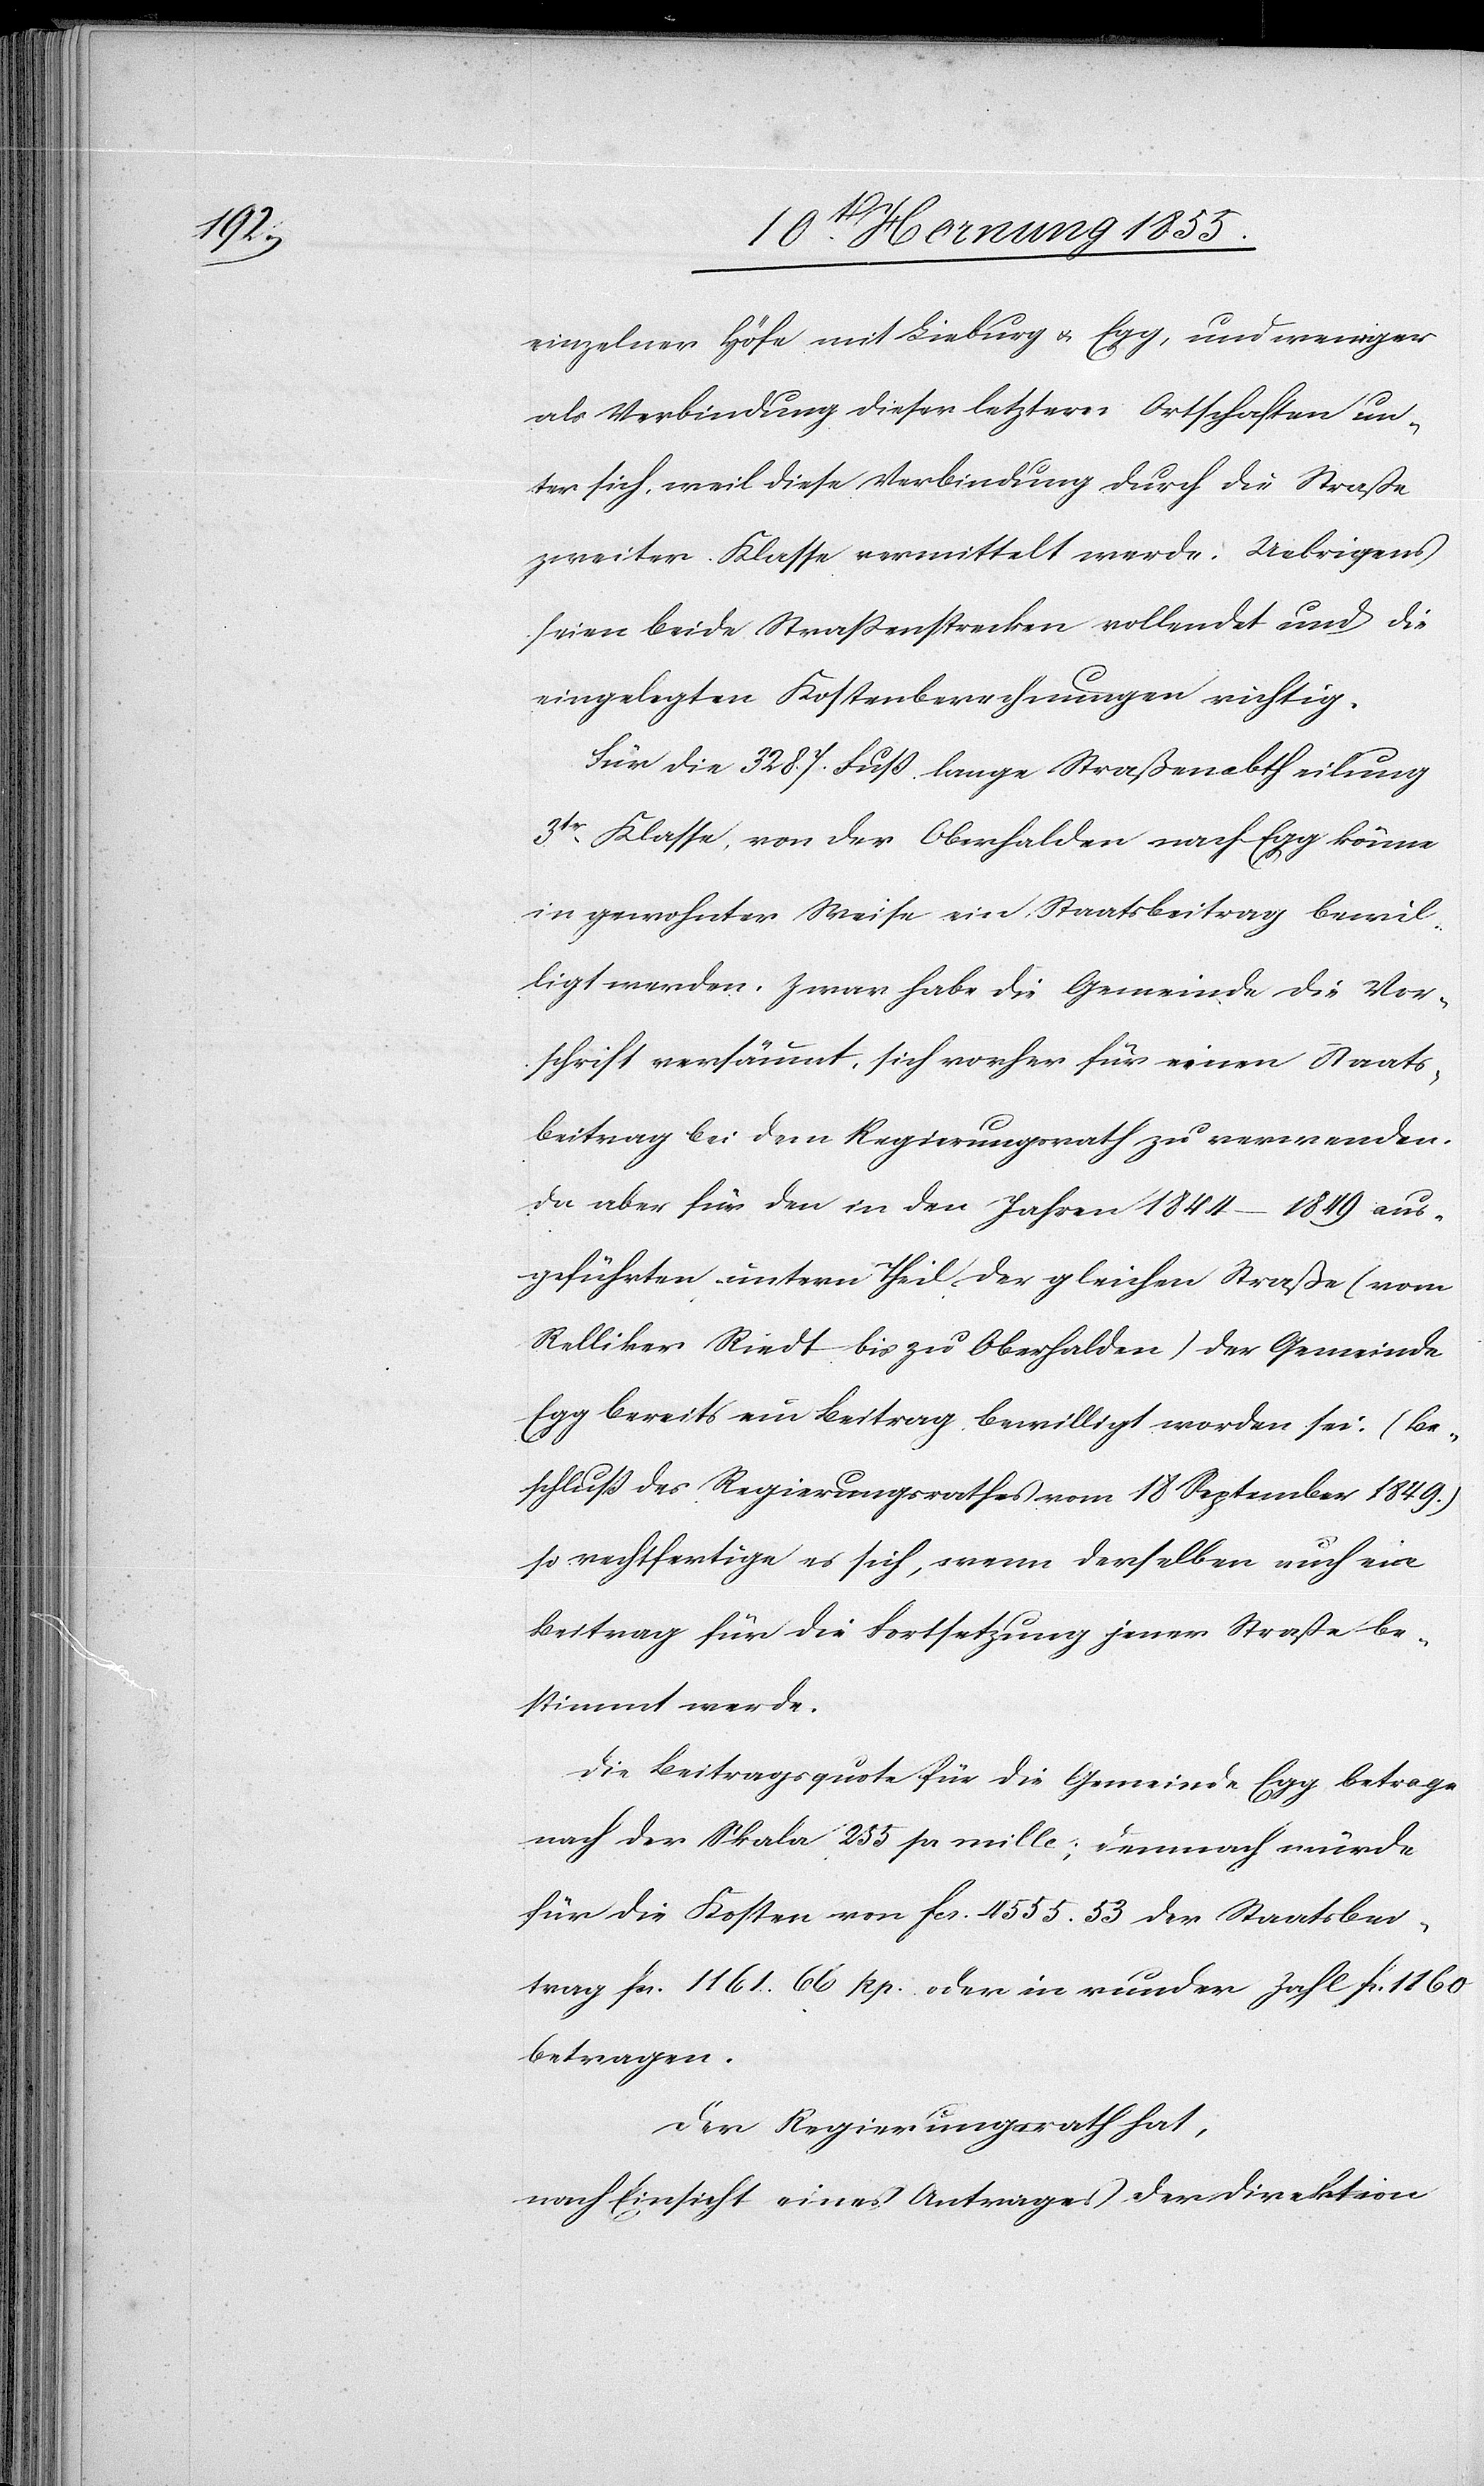
einzelner Höfe mit Lieburg & Egg, und weniger
als Verbindung dieser letztern Ortschaften un¬
ter sich, weil diese Verbindung durch die Straße
zweiter Klasse vermittelt werde. Uebrigens
seien beide Straßenstrecken vollendet und die
eingelegten Kostenberechnungen richtig.
Für die 3287. Fuß lange Straßenabtheilung
3tr. Klasse, von der Oberhalden nach Egg könne
in gewohnter Weise ein Staatsbeitrag bewil¬
ligt werden. Zwar habe die Gemeinde die Vor¬
schrift versäumt, sich vorher für einen Staats¬
beitrag bei dem Regierungsrath zu verwenden.
Da aber für den in den Jahren 1844–1849 aus¬
geführten untern Theil der gleichen Straße (vom
Relliker Riedt bis zu Oberhalden) der Gemeinde
Egg bereits ein Beitrag bewilligt worden sei, (Be¬
schluß des Regierungsrathes vom 18 September 1849.)
so rechtfertige es sich, wenn derselben auch ein
Beitrag für die Fortsetzung jener Straße be¬
stimmt werde.
Die Beitragsquote für die Gemeinde Egg betrage
nach der Skala 255 pr mille; demnach würde
für die Kosten von Fcs. 4555. 53 der Staatsbei¬
trag Fcs. 1161. 66 Rp. oder in runder Zahl Fcs 1160
betragen.
Der Regierungsrath hat,
nach Einsicht eines Antrages der Direktion